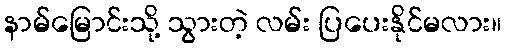
နာမ်မြောင်းသို့ သွားတဲ့ လမ်း ပြပေးနိုင်မလား။